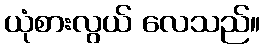
ယုံစားလွယ် လေသည်။